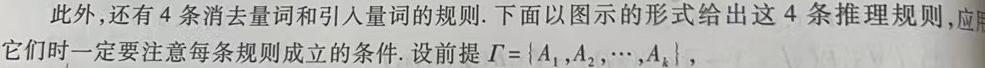
此外，还有 4 条消去量词和引入量词的规则. 下面以图示的形式给出这 4 条推理规则，应用它们时一定要注意每条规则成立的条件. 设前提 $\Gamma = \{A_1,A_2,\cdots,A_k\}$，